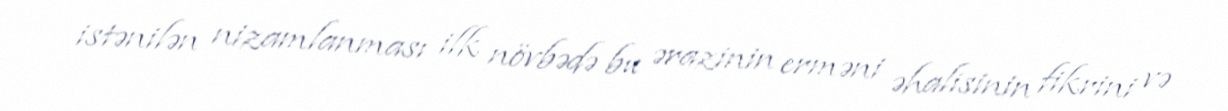
istənilən nizamlanması ilk növbədə bu ərazinin erməni əhalisinin fikrini və